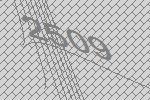
2509